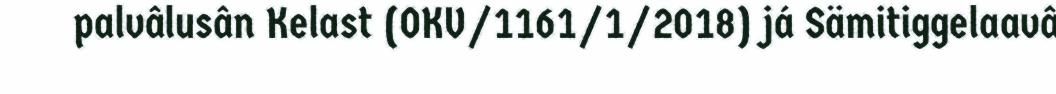
palvâlusân Kelast (OKV/1161/1/2018) já Sämitiggelaavâ